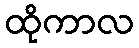
ထိုကာလ